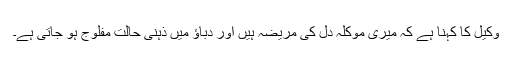
وکیل کا کہنا ہے کہ میری موکلہ دل کی مریضہ ہیں اور دباؤ میں ذہنی حالت مفلوج ہو جاتی ہے۔